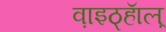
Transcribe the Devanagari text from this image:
व़ाइठ्हाॅल़्